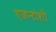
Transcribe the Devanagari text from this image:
एजन्टांशी